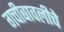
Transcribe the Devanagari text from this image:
गचीबावलीचे